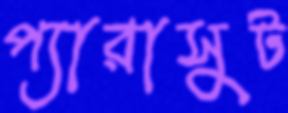
প্যারাসুট